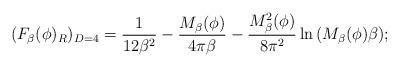
LaTeX: \begin{align*}(F_{\beta}(\phi)_R)_{D=4}= \frac{1}{12\beta^2}-\frac {M_{\beta}(\phi)}{4\pi \beta }-\frac{M_{\beta}^2(\phi)}{8\pi^2}\ln {(M_{\beta}(\phi)\beta)};\end{align*}